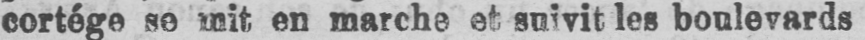
cortège se mit en marche et suivit les boulevards